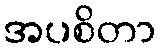
အပစိတာ